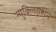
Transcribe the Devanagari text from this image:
न्युक्लिएशन